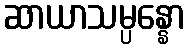
ဆာယာသမ္ပန္နော